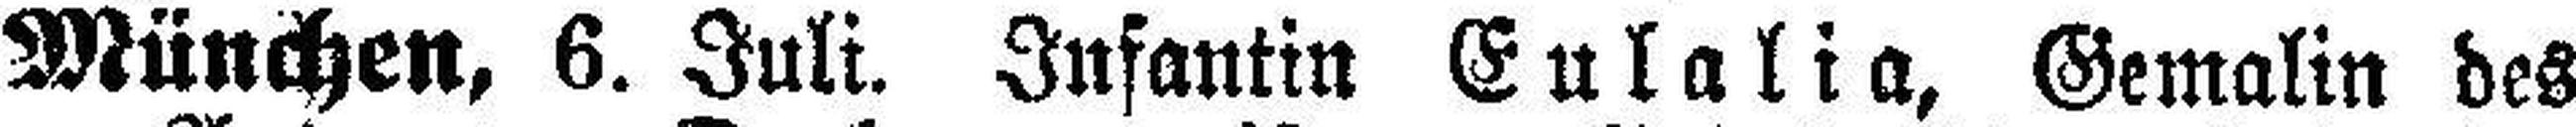
München, 6. Juli. Infantin Eulalia, Gemalin des